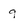
Character: 9